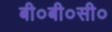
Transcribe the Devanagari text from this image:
बी०बी०सी०